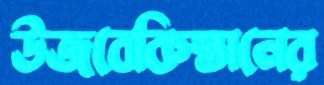
উজবেকিস্তানের